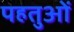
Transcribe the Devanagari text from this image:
पहतुओं